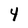
Character: 4